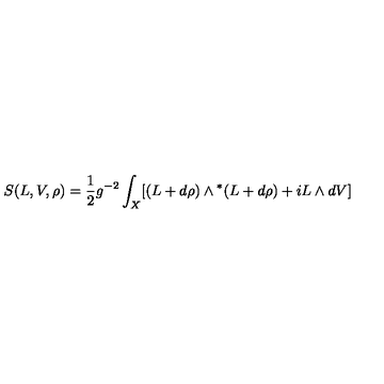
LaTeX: S ( L , V , \rho ) = \frac { 1 } { 2 } g ^ { - 2 } \int _ { X } [ ( L + d \rho { } ) \wedge { } ^ { * } ( L + d \rho { } ) + i L \wedge { } d V ]